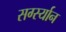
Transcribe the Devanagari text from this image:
सर्ग्स्यान